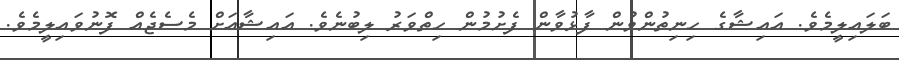
ބަލައިލީމެވެ. އައިޝާގެ ހިނިތުންވުން ފާޅުވާން ފެށުމުން ހިތްވަރު ލިބުނެވެ. އައިޝާއަށް މެސެޖެއް ފޮނުވައިލީމެވެ.